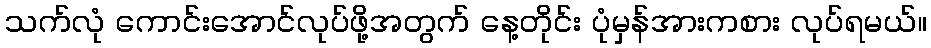
သက်လုံ ကောင်းအောင်လုပ်ဖို့အတွက် နေ့တိုင်း ပုံမှန်အားကစား လုပ်ရမယ်။